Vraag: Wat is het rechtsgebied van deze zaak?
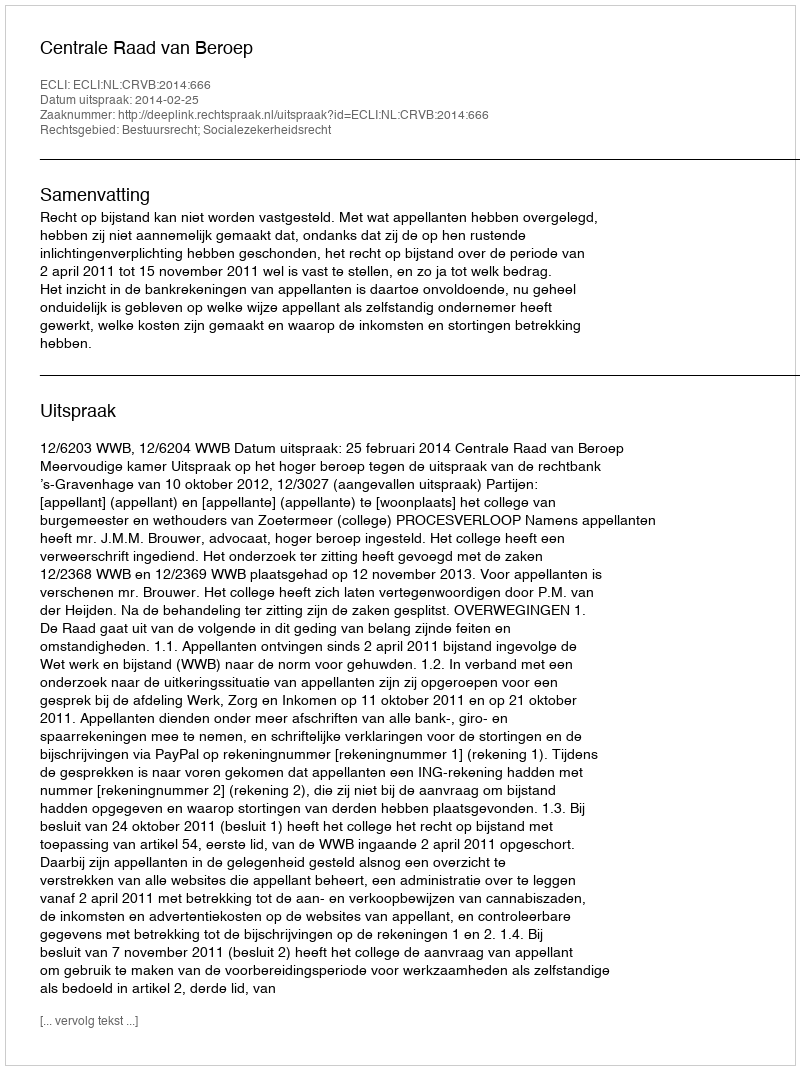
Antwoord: Bestuursrecht; Socialezekerheidsrecht